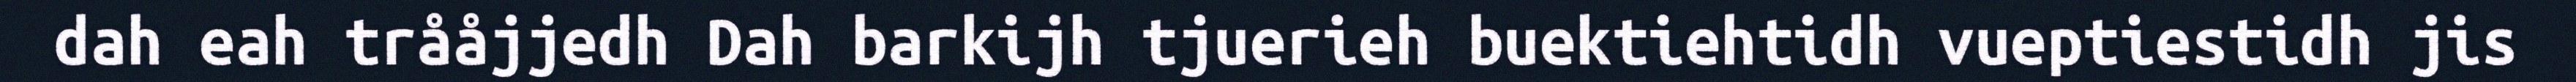
dah eah trååjjedh Dah barkijh tjuerieh buektiehtidh vueptiestidh jis